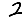
Digit: 2